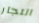
التجار